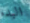
البدء